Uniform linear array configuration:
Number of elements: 24
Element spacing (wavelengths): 0.25
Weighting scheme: uniform
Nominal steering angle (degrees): -30
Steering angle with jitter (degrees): -31.83
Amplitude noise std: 0.05
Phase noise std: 0.05

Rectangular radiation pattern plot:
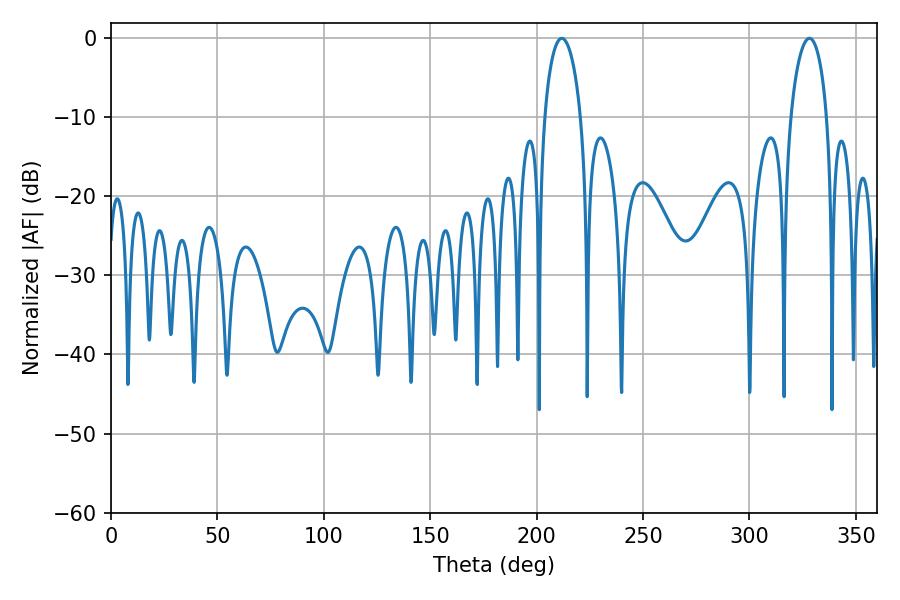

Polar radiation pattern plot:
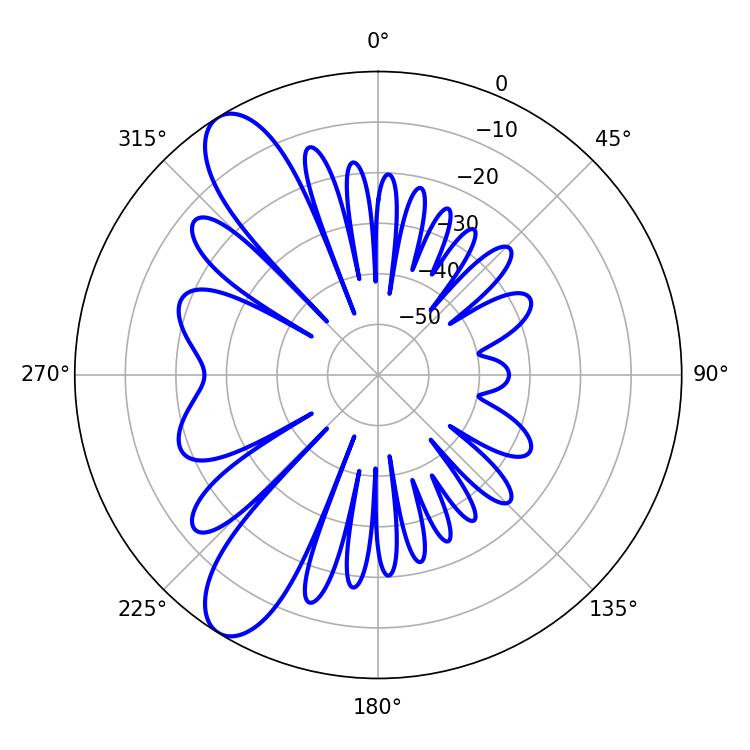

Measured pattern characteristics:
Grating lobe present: FALSE
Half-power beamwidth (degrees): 9.9
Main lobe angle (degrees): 211.86